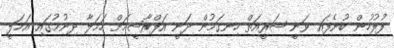
ފުލުހުން ބުނެފައި ވަނީ ޝަރީއަތް ހިނގަމުން ދަނީ އަފްރާޝީމަށް ހަމަލާ ދިނުމުގައި އަމަލީ